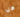
هل